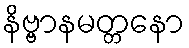
နိဗ္ဗာနမတ္တနော